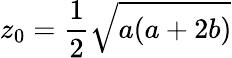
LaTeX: z_{0}=\frac{1}{2}\sqrt{a(a+2b)}